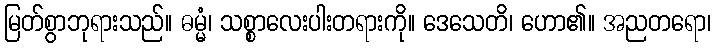
မြတ်စွာဘုရားသည်။ ဓမ္မံ၊ သစ္စာလေးပါးတရားကို။ ဒေသေတိ၊ ဟော၏။ အညတရော၊